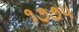
૧૭૭૫